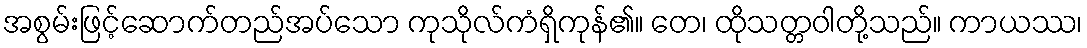
အစွမ်းဖြင့်ဆောက်တည်အပ်သော ကုသိုလ်ကံရှိကုန်၏။ တေ၊ ထိုသတ္တဝါတို့သည်။ ကာယဿ၊